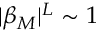
| \beta _ { M } | ^ { L } \sim 1